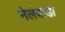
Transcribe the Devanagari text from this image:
नेलंबाडा